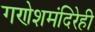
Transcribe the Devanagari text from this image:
गणेशमंदिरेही